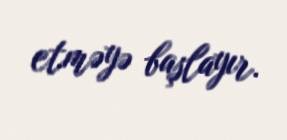
etməyə başlayır.